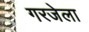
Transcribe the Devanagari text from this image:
गरजेला